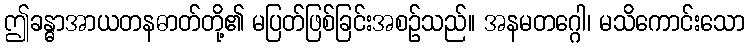
ဤခန္ဓာအာယတနဓာတ်တို့၏ မပြတ်ဖြစ်ခြင်းအစဉ်သည်။ အနမတဂ္ဂေါ၊ မသိကောင်းသော